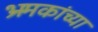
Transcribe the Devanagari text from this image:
भ्रमकांच्या